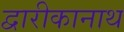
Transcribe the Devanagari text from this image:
द्वारीकानाथ